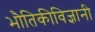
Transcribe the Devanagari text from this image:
भौतिकीविज्ञानी